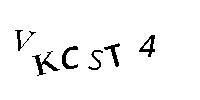
VKCST4